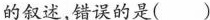
的叙述，错误的是( )